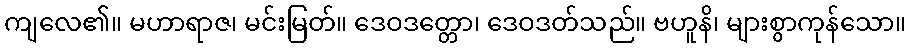
ကျလေ၏။ မဟာရာဇ၊ မင်းမြတ်။ ဒေဝဒတ္တော၊ ဒေဝဒတ်သည်။ ဗဟူနိ၊ များစွာကုန်သော။